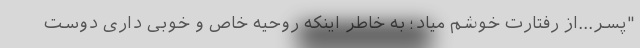
"پسر...از رفتارت خوشم میاد؛ به خاطر اینکه روحیه خاص و خوبی داری دوست